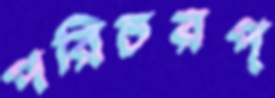
পরিচয়প্